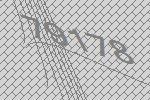
79178